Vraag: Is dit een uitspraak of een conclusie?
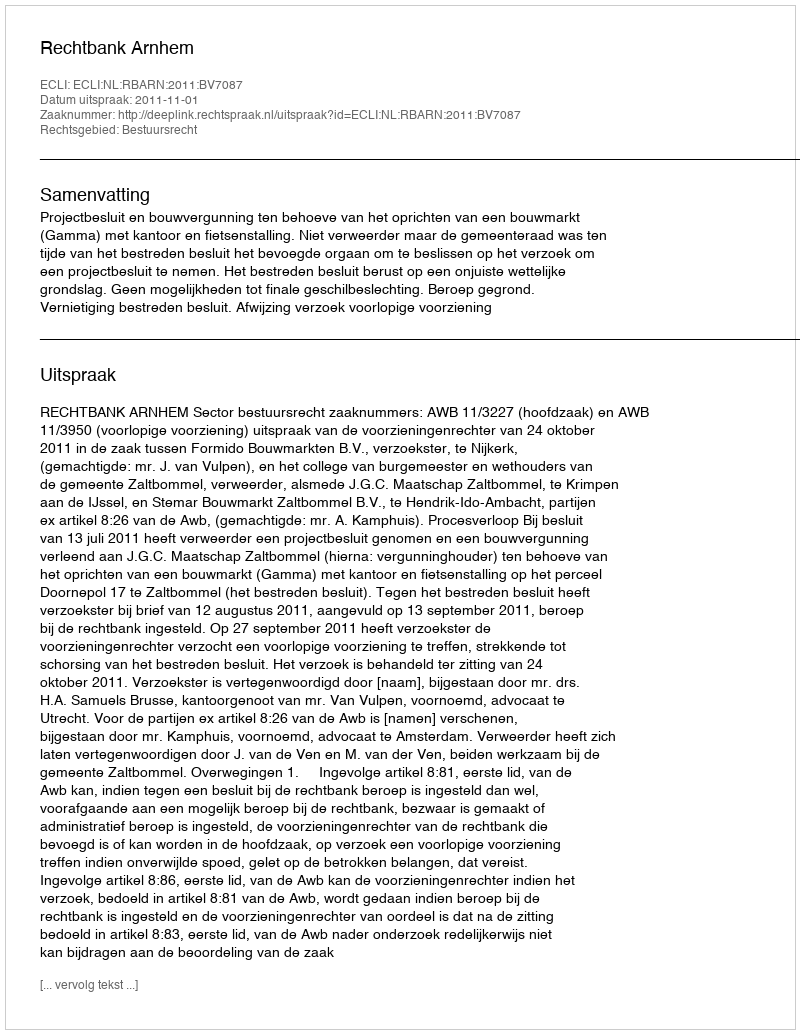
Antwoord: Uitspraak